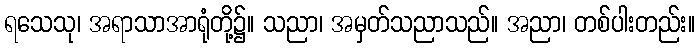
ရသေသု၊ အရာသာအာရုံတို့၌။ သညာ၊ အမှတ်သညာသည်။ အညာ၊ တစ်ပါးတည်း။